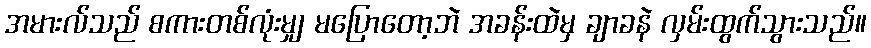
အမားလ်သည် စကားတစ်လုံးမျှ မပြောတော့ဘဲ အခန်းထဲမှ ချာခနဲ လှမ်းထွက်သွားသည်။